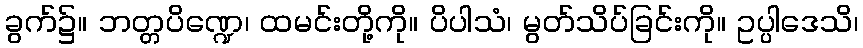
ခွက်၌။ ဘတ္တပိဏ္ဍေ၊ ထမင်းတို့ကို။ ပိပါသံ၊ မွတ်သိပ်ခြင်းကို။ ဥပ္ပါဒေသိ၊